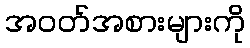
အဝတ်အစားများကို